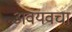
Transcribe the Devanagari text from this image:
अवयवचा